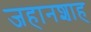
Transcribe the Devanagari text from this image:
जहानशाह